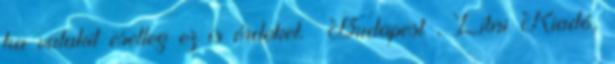
ha valakit esetleg ez is érdekel. Budapest , Libri Kiadó,